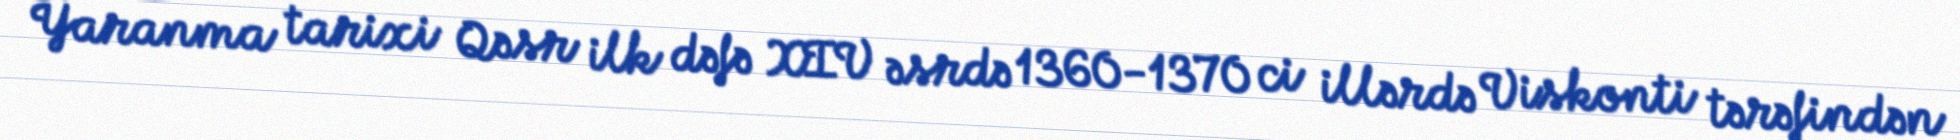
Yaranma tarixi Qəsr ilk dəfə XIV əsrdə 1360-1370 ci illərdə Viskonti tərəfindən